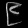
Digit: ၉